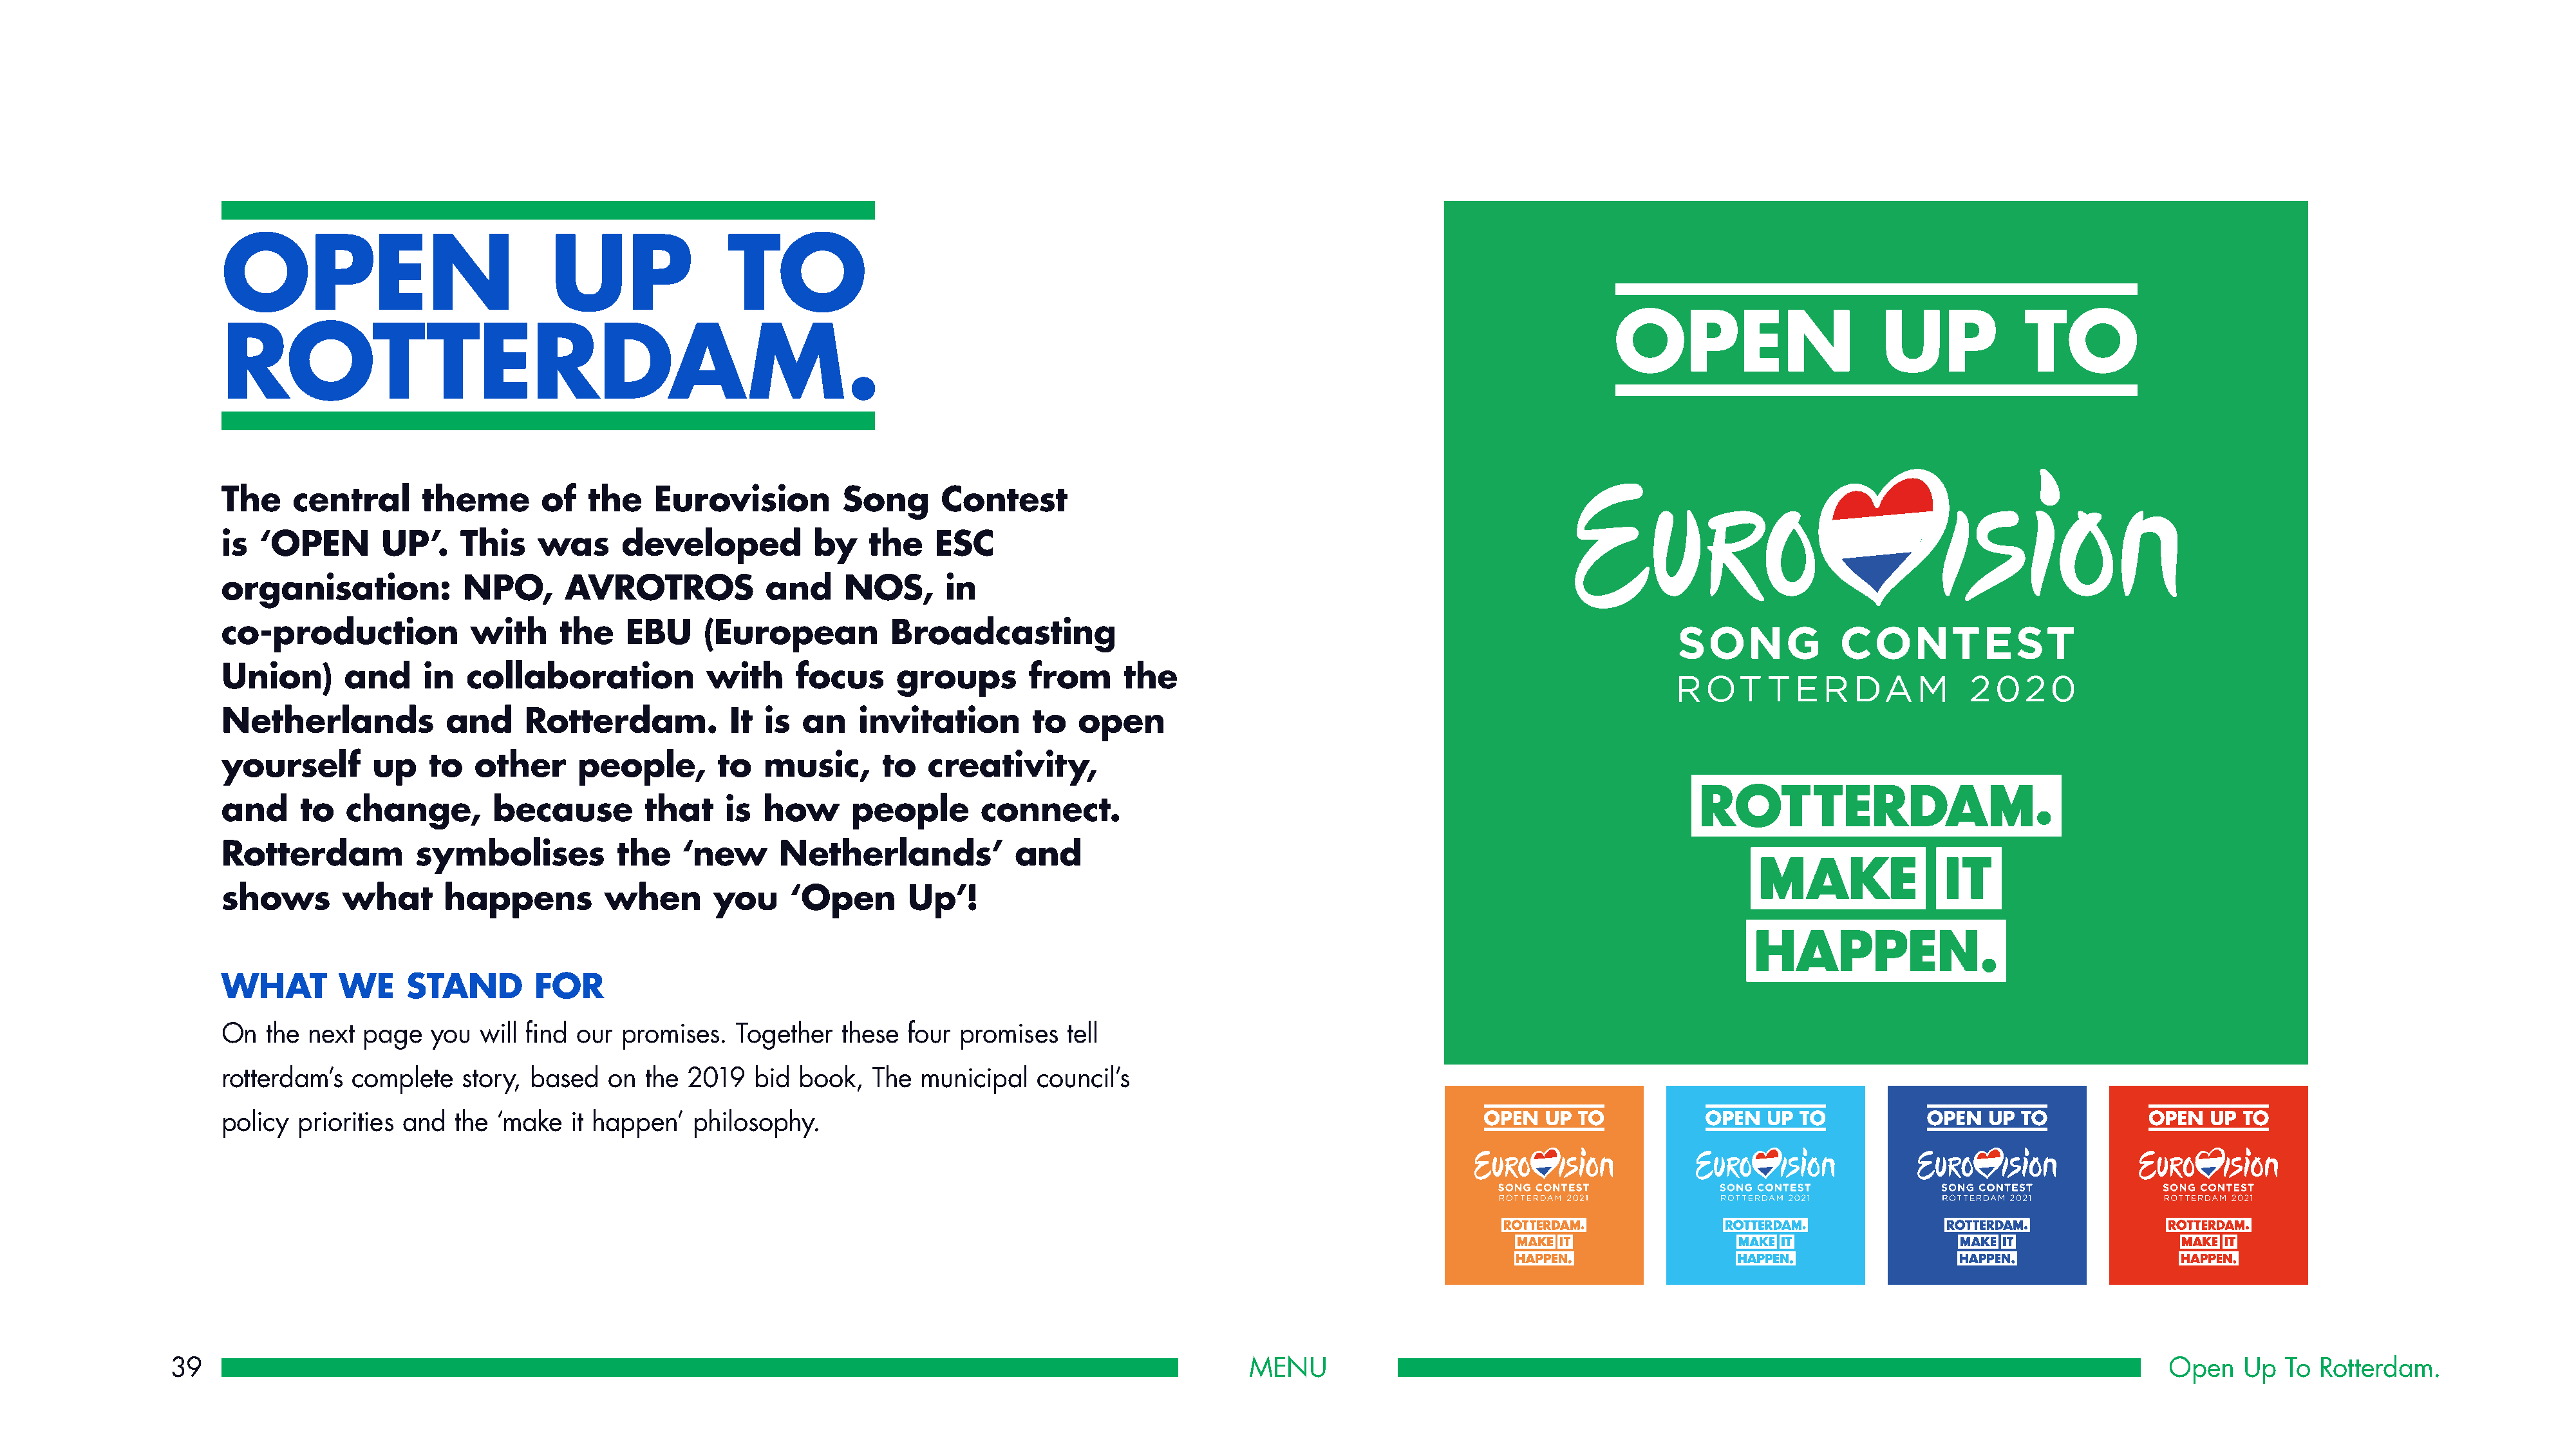
OPEN                              UP                TO
 ROTTERDAM.
 The    central      theme        of  the    Eurovision          Song      Contest
 is  ‘OPEN       UP’.    This    was      developed           by   the    ESC
 organisation:            NPO,      AVROTROS             and     NOS,      in
 co-production            with      the   EBU     (European           Broadcasting
 Union)      and     in   collaboration            with     focus     groups        from     the
 Netherlands            and     Rotterdam.           It  is an    invitation        to   open
 yourself       up    to   other     people,        to  music,       to  creativity,
 and     to   change,        because        that     is how      people        connect.
 Rotterdam           symbolises          the    ‘new      Netherlands’            and
 shows       what       happens         when       you     ‘Open       Up’!
 WHAT        WE     STAND        FOR
 On  the  next page   you  will find our  promises.   Together   these four  promises   tell
 rotterdam’s  complete    story, based   on the  2019   bid book,   The  municipal   council’s
 policy  priorities and  the ‘make   it happen’  philosophy.
 39                                                                                                            MENU                                                                                           Open    Up  To Rotterdam.